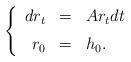
LaTeX: \begin{align*}\left\{\begin{array}{rcl}dr_t & = & A r_t dt \medskip\\ r_0 & = & h_0.\end{array}\right.\end{align*}